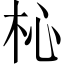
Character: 杺